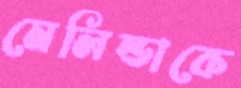
মেলিন্ডাকে